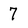
Character: 7